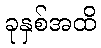
ခုနှစ်အထိ